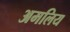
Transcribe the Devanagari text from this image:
अमलिय